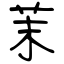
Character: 茉